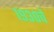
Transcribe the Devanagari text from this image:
१९३०चे